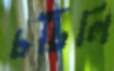
চটিলি